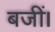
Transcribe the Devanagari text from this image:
बजीं।